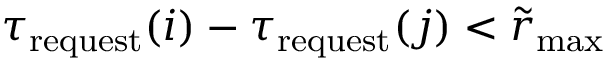
{ \tau _ { \mathrm { r e q u e s t } } ( i ) - \tau _ { \mathrm { r e q u e s t } } ( j ) < \tilde { r } _ { \mathrm { m a x } } }